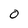
Character: O